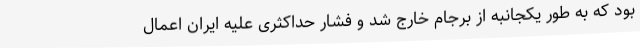
بود که به طور یکجانبه از برجام خارج شد و فشار حداکثری علیه ایران اعمال